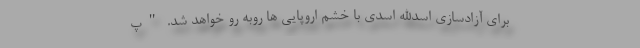
برای آزادسازی اسدالله اسدی با خشم اروپایی ها روبه رو خواهد شد. "پ